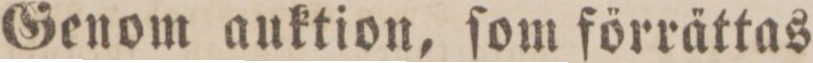
Genom auktion, ſom förrättas